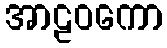
အာဠဝကော